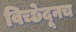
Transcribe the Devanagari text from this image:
विच्छेदूनच